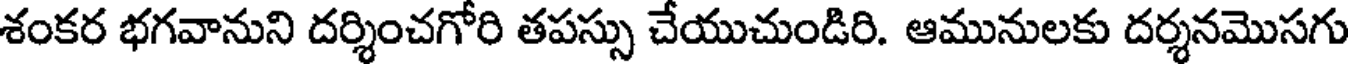
శంకర భగవానుని దర్శించగోరి తపస్సు చేయుచుండిరి. ఆమునులకు దర్శనమొసగు